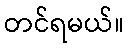
တင်ရမယ်။